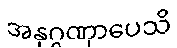
အနုဂ္ဂဏှာပေသိ